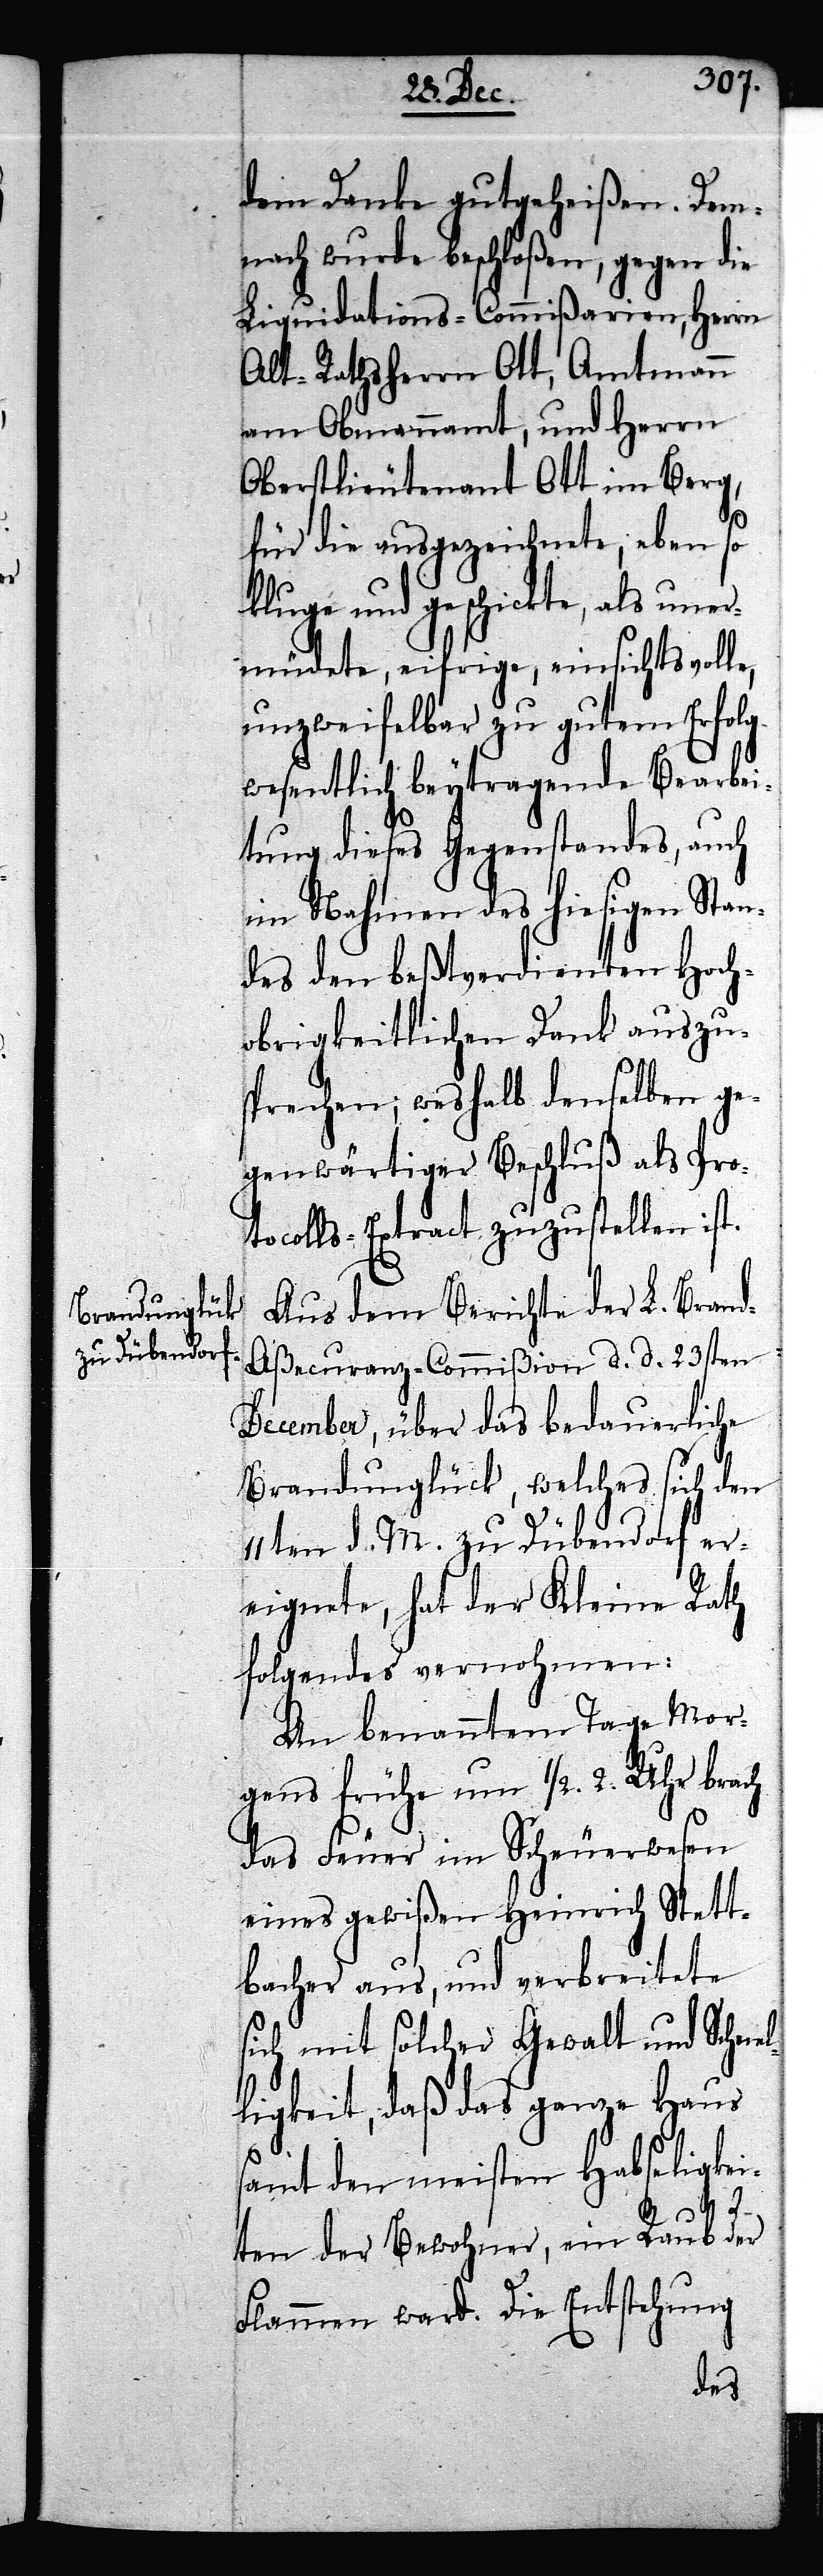
Brandunglück

dem Danke gutgeheißen. Dem¬
nach wurde beschloßen, gegen die
Liquidations-Commißarien, Herrn
Alt-Rathsherrn Ott, Amtmann
am Obmannamt, und Herrn
Oberstlieutenant Ott im Berg,
für die ausgezeichnete, eben so
kluge und geschickte, als uner¬
müdete, eifrige, einsichtsvolle,
unzweifelbar zu gutem Erfolg
wesentlich beytragende Bearbei¬
tung dieses Gegenstandes, auch
im Nahmen des hiesigen Stan¬
des den beßtverdienten Hoch¬
obrigkeitlichen Dank auszu¬
sprechen; weshalb denselben ge¬
genwärtiger Beschluß als Prot¬
ocolls-Extract zuzustellen ist.
Aus dem Berichte der L. Bran¬
d-Aßecuranz-Commißion d. d. 23sten
December, über das bedauerliche
11ten d. M. zu Dübendorf er¬
eignete, hat der Kleine Rath
folgendes vernohmen:
An benanntem Tage Mor¬
gens frühe um 1/2. 2. Uhr brach
das Feuer im Scheuerwesen
eines gewißen Heinrich Stett¬
bacher aus, und verbreitete
sich mit solcher Gewalt und Schnel¬
ligkeit, daß das ganze Haus
samt den meisten Habseligkei¬
den
ten der Bewohner, ein Raub der
Flammen ward. Die Entstehung